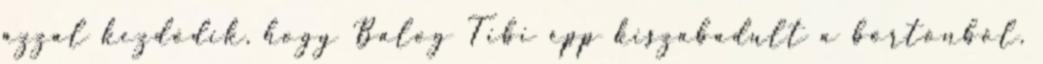
azzal kezdődik, hogy Balog Tibi épp kiszabadult a börtönből,